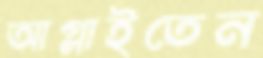
আগ্‌লাইতেন